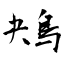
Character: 鴂